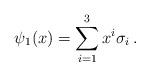
LaTeX: \begin{align*}\psi_1 (x) = \sum_{i=1}^3 x^i \sigma_i \, .\end{align*}